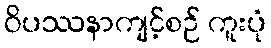
ဝိပဿနာကျင့်စဉ် ကူးပုံ